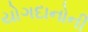
યોગદાનોની